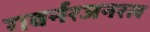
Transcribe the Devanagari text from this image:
गवर्नरजनरल